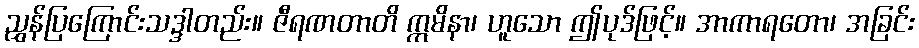
ညွှန်ပြကြောင်းသဒ္ဒါတည်း။ ဇီရဏတာတိ ဣမိနာ၊ ဟူသော ဤပုဒ်ဖြင့်။ အာကာရတော၊ အခြင်း